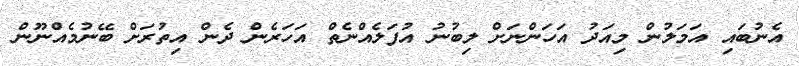
އެނުބައި އަމަލުން މިއަދު އަހަންނަށް ލިބުނު އުފަލެއްނެތް އަހަރެން ދެން އިތުރަށް ބޭނުމެއްނޫން